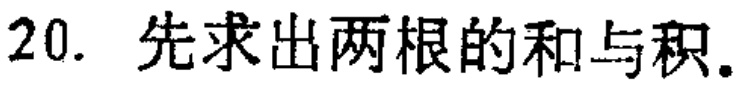
20. 先求出两根的和与积.